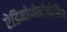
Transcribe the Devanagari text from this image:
ऐडिनोपोलीपोसिस